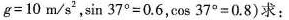
$$g = 1 0 m / s ^ { 2 }$$，$$\sin 3 7 ° = 0 . 6$$，$$\cos 3 7 °= 0 . 8$$)求：